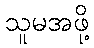
သူမအဖို့